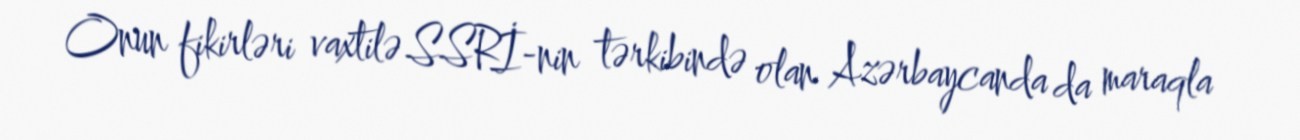
Onun fikirləri vaxtilə SSRİ-nin tərkibində olan Azərbaycanda da maraqla